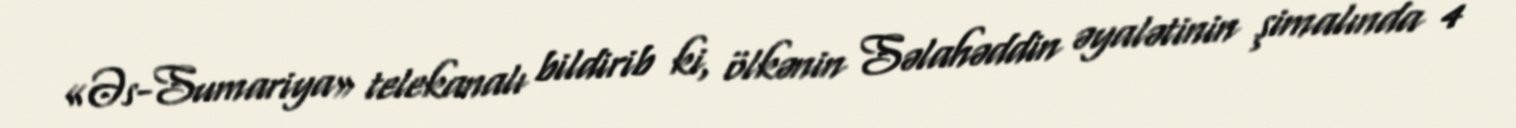
«Əs-Sumariya» telekanalı bildirib ki, ölkənin Səlahəddin əyalətinin şimalında 4